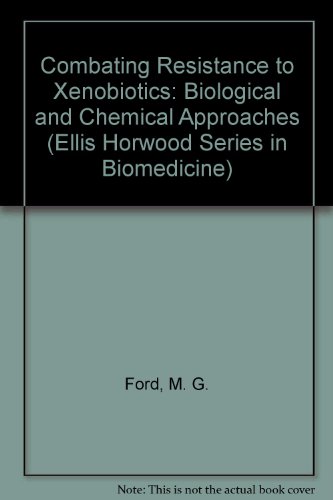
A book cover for Combating Resistance to Xenobiotics: Biological and Chemical Approaches (Ellis Horwood Series in Biomedicine); M. G. Ford; Medical Books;